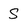
Character: s